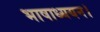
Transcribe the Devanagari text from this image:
भाषाध्ययन।